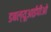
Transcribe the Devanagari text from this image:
डबल्यूआईपीओ